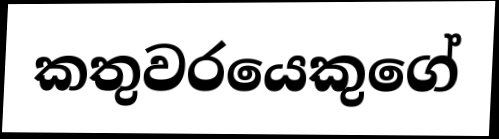
කතුවරයෙකුගේ